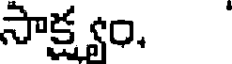
సాక్ష్యం.